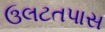
ઉલટતપાસ